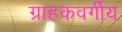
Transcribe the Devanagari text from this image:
ग्राहकवर्गीय